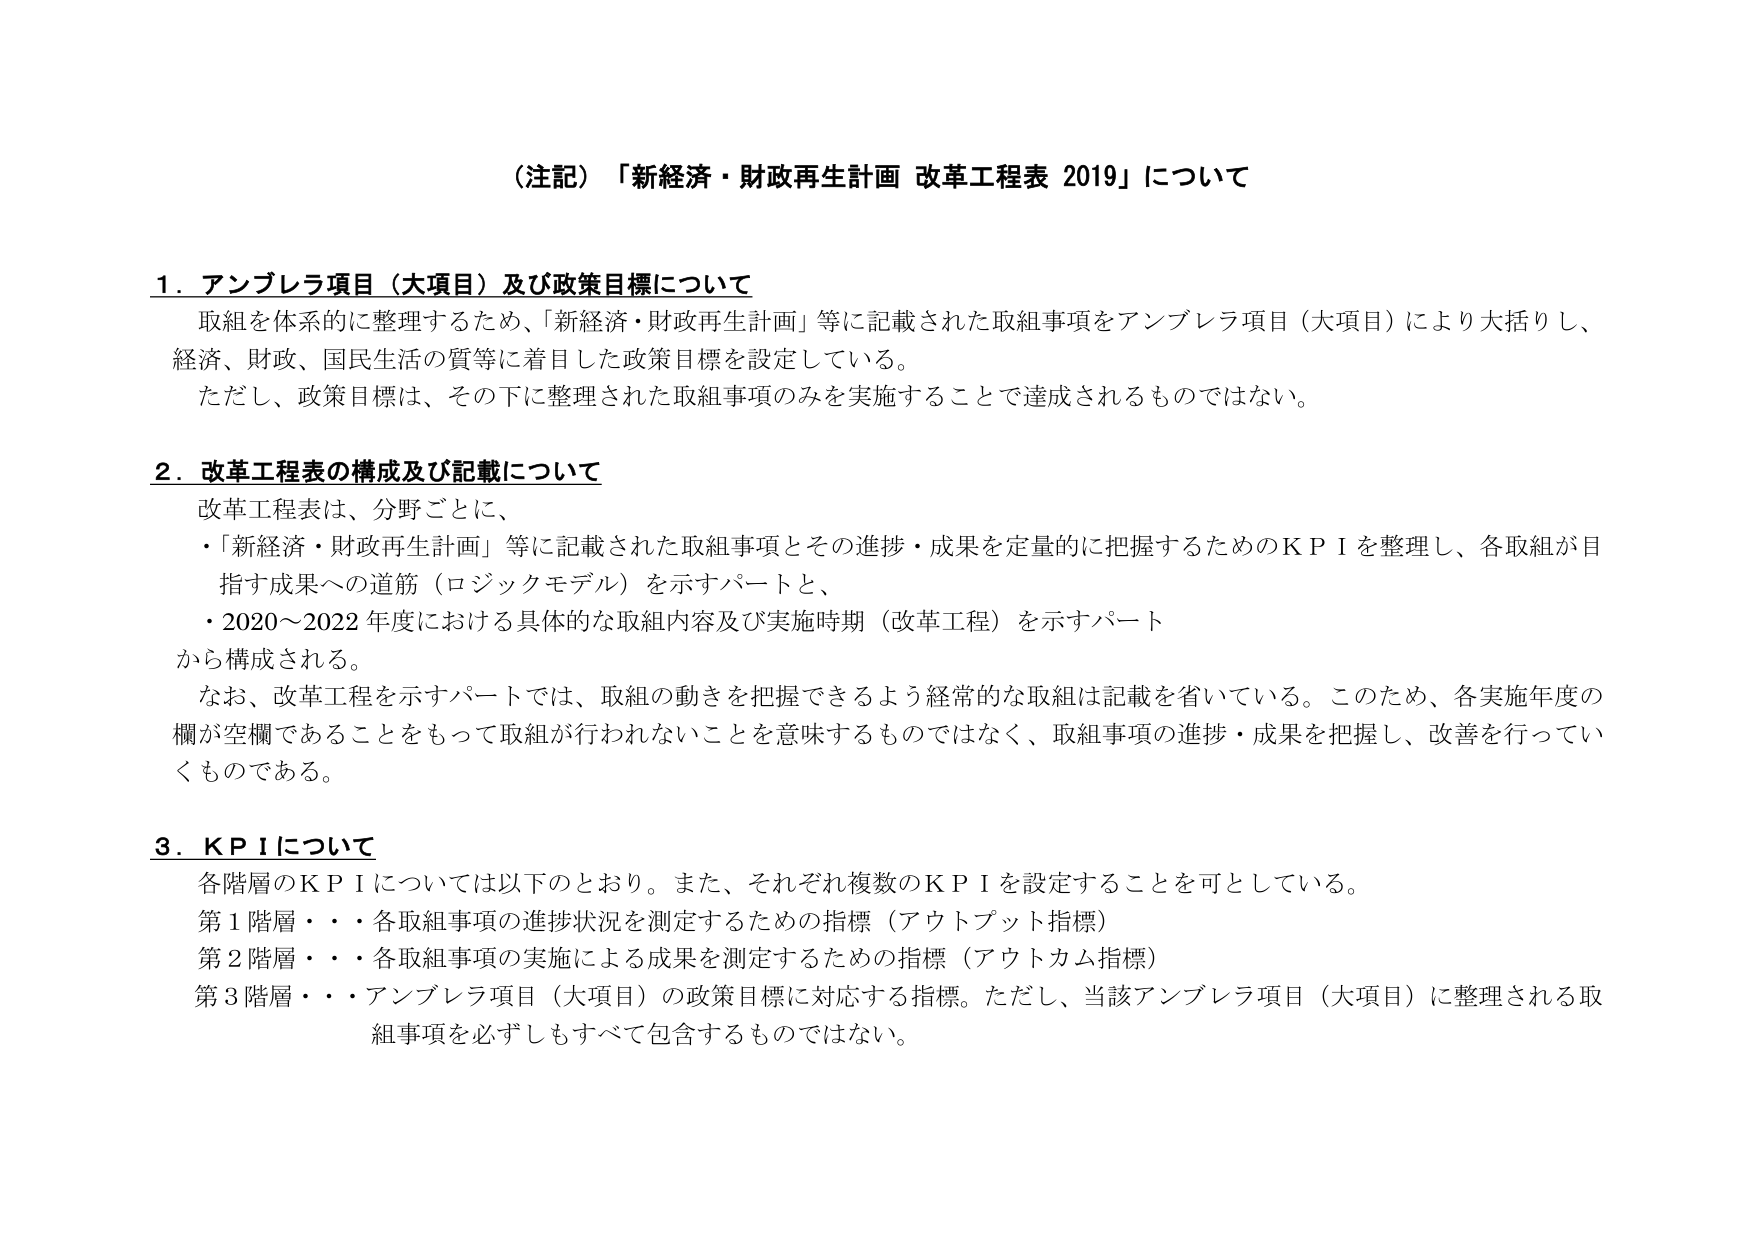
（注記）「新経済・財政再生計画 改革工程表 2019」について

1．アンブレラ項目（大項目）及び政策目標について
取組を体系的に整理するため、「新経済・財政再生計画」等に記載された取組事項をアンブレラ項目（大項目）により大括りし、
経済、財政、国民生活の質等に着目した政策目標を設定している。
ただし、政策目標は、その下に整理された取組事項のみを実施することで達成されるものではない。

2．改革工程表の構成及び記載について
改革工程表は、分野ごとに、
・「新経済・財政再生計画」等に記載された取組事項とその進捗・成果を定量的に把握するためのＫＰＩを整理し、各取組が目
指す成果への道筋（ロジックモデル）を示すパートと、
・2020～2022年度における具体的な取組内容及び実施時期（改革工程）を示すパート
から構成される。
なお、改革工程を示すパートでは、取組の動きを把握できるよう経常的な取組は記載を省いている。このため、各実施年度の
欄が空欄であることをもって取組が行われないことを意味するものではなく、取組事項の進捗・成果を把握し、改善を行ってい
くものである。

3．ＫＰＩについて
各階層のＫＰＩについては以下のとおり。また、それぞれ複数のＫＰＩを設定することを可としている。
第1階層・・・各取組事項の進捗状況を測定するための指標（アウトプット指標）
第2階層・・・各取組事項の実施による成果を測定するための指標（アウトカム指標）
第3階層・・・アンブレラ項目（大項目）の政策目標に対応する指標。ただし、当該アンブレラ項目（大項目）に整理される取
組事項を必ずしもすべて包含するものではない。